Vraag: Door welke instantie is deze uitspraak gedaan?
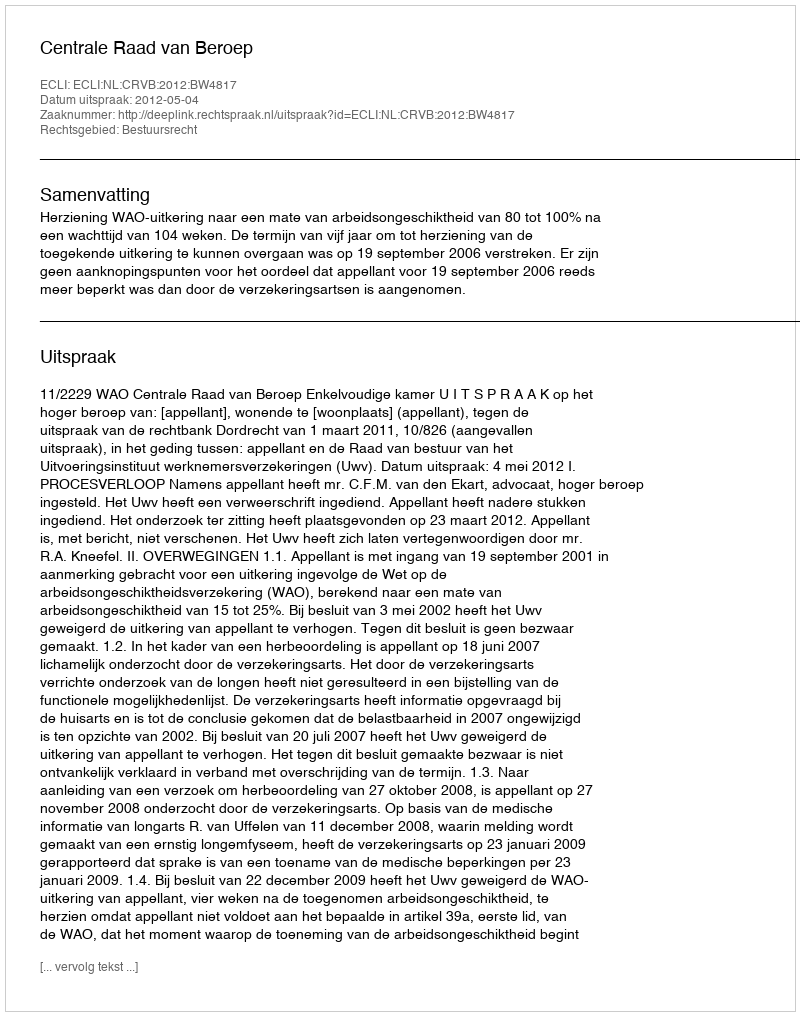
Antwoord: Centrale Raad van Beroep